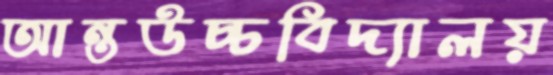
আন্তউচ্চবিদ্যালয়